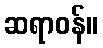
ဆရာဝန်။